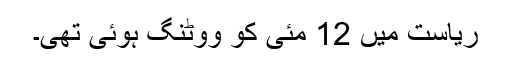
ریاست میں 12 مئی کو ووٹنگ ہوئی تھی۔